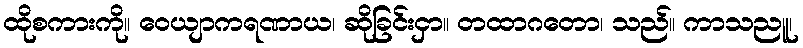
ထိုစကားကို။ ဝေယျာကရဏာယ၊ ဆိုခြင်းငှာ။ တထာဂတော၊ သည်။ ကာသညူ၊